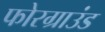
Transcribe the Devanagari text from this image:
फोरग्राउंड